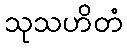
သုသဟိတံ